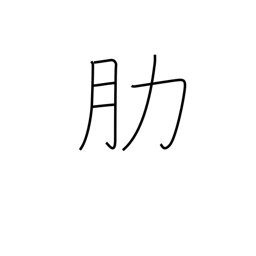
Meaning: rib